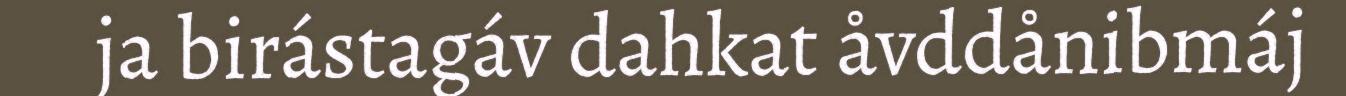
ja birástagáv dahkat åvddånibmáj